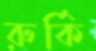
রুর্কি